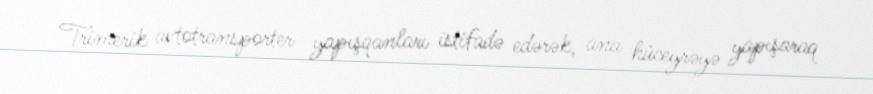
Trimerik avtotransporter yapışqanları istifadə edərək, ana hüceyrəyə yapışaraq